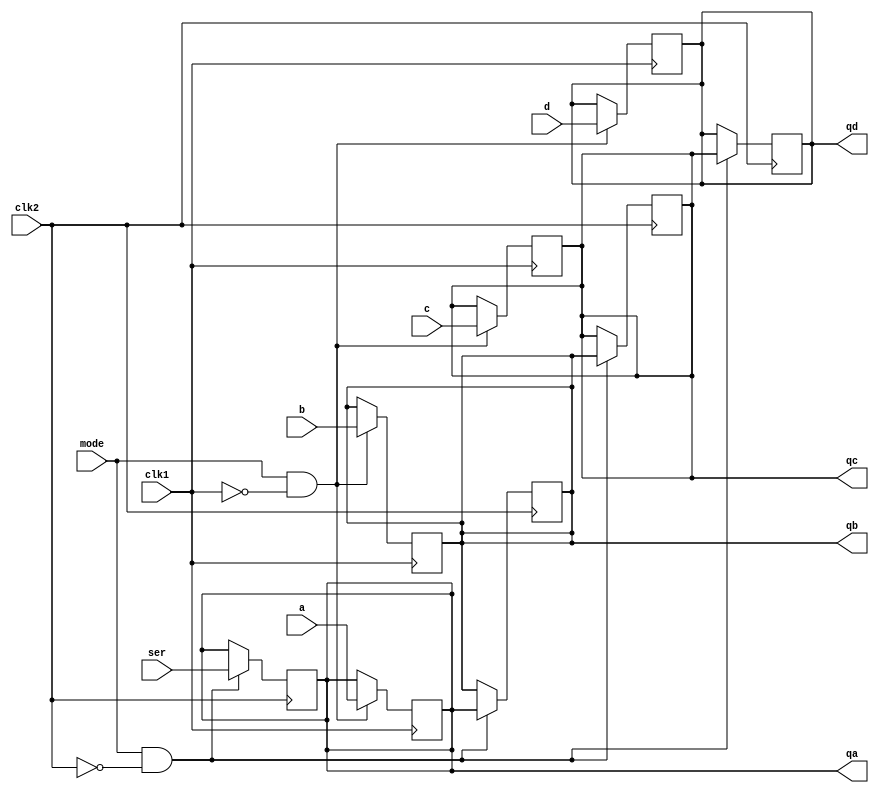
module sn74ls95(qa, qb, qc, qd, a, b, c, d, ser, mode, clk1, clk2);
input a, b, c, d, ser, mode, clk1, clk2;
output qa, qb, qc, qd;
reg ra, rb, rc, rd;
wire clki, mode_, c1, c2;
parameter
	// TI TTL data book Vol 1, 1985
	tENABLE=15,                             // TPL MODE -> CLK*
	tINHIBIT=5,                             // typ and max not given
	tPLH_min=0, tPLH_typ=18, tPLH_max=27,	//TPL CLK* -> Q*
	tPHL_min=0, tPHL_typ=21, tPHL_max=32;

always @(negedge clk1)
begin
	if (mode==1 && clk1==0)
	begin
		ra <= a;
		rb <= b;
		rc <= c;
		rd <= d;
	end
end

always @(negedge clk2)
begin
	if (mode==1 && clk2==0)
	begin
		rd <= rc;
		rc <= rb;
		rb <= ra;
		ra <= ser;
	end
end


assign #(tPLH_min:tPLH_typ:tPLH_max,
		 tPHL_min:tPHL_typ:tPHL_max)
		qa = ra;
assign #(tPLH_min:tPLH_typ:tPLH_max,
		 tPHL_min:tPHL_typ:tPHL_max)
		qb = rb;
assign #(tPLH_min:tPLH_typ:tPLH_max,
		 tPHL_min:tPHL_typ:tPHL_max)
		qc = rc;
assign #(tPLH_min:tPLH_typ:tPLH_max,
		 tPHL_min:tPHL_typ:tPHL_max)
		qd = rd;

endmodule